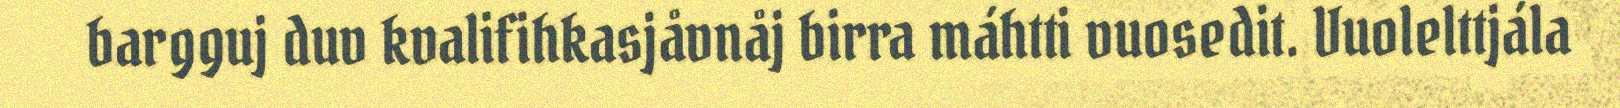
bargguj duv kvalifihkasjåvnåj birra máhtti vuosedit. Vuolelttjála